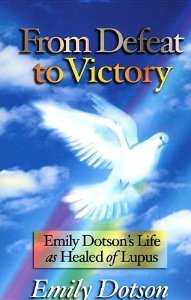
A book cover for From Defeat to Victory: Emily Dotson's Life as Healed of Lupus; Emily Dotson; Health, Fitness & Dieting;